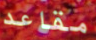
مقاعد